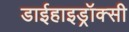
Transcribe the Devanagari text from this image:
डाईहाइड्रॉक्सी